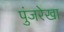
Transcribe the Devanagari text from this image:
पुंजरेखा